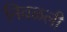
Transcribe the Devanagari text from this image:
निवळली